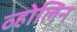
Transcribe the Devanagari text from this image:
व्होलिन